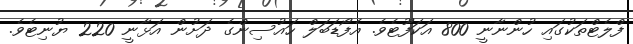
ފްލެޓްތަކުގައި ހުންނާނީ 800 އަކަފޫޓެވެ. އެފޯޑަބަލް ހައުސިންގެ ދަށުން އަޅާނީ 220 ޔުނިޓެވެ.